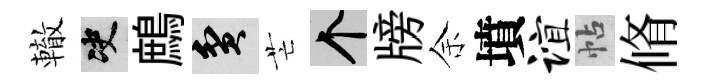
轍决鷓貧芒个牓余墳谊帖脩